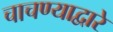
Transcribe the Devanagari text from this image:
चाचण्याद्वारे